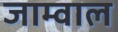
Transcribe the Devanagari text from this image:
जाम्वाल